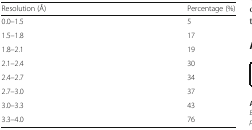
<table><thead><tr><td><b>Resolution (Å)</b></td><td><b>Percentage (%)</b></td></tr></thead><tbody><tr><td>0.0–1.5</td><td>5</td></tr><tr><td>1.5–1.8</td><td>17</td></tr><tr><td>1.8–2.1</td><td>19</td></tr><tr><td>2.1–2.4</td><td>30</td></tr><tr><td>2.4–2.7</td><td>34</td></tr><tr><td>2.7–3.0</td><td>37</td></tr><tr><td>3.0–3.3</td><td>43</td></tr><tr><td>3.3–4.0</td><td>76</td></tr></tbody></table>